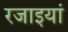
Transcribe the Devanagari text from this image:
रजाइयां